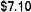
$7.10